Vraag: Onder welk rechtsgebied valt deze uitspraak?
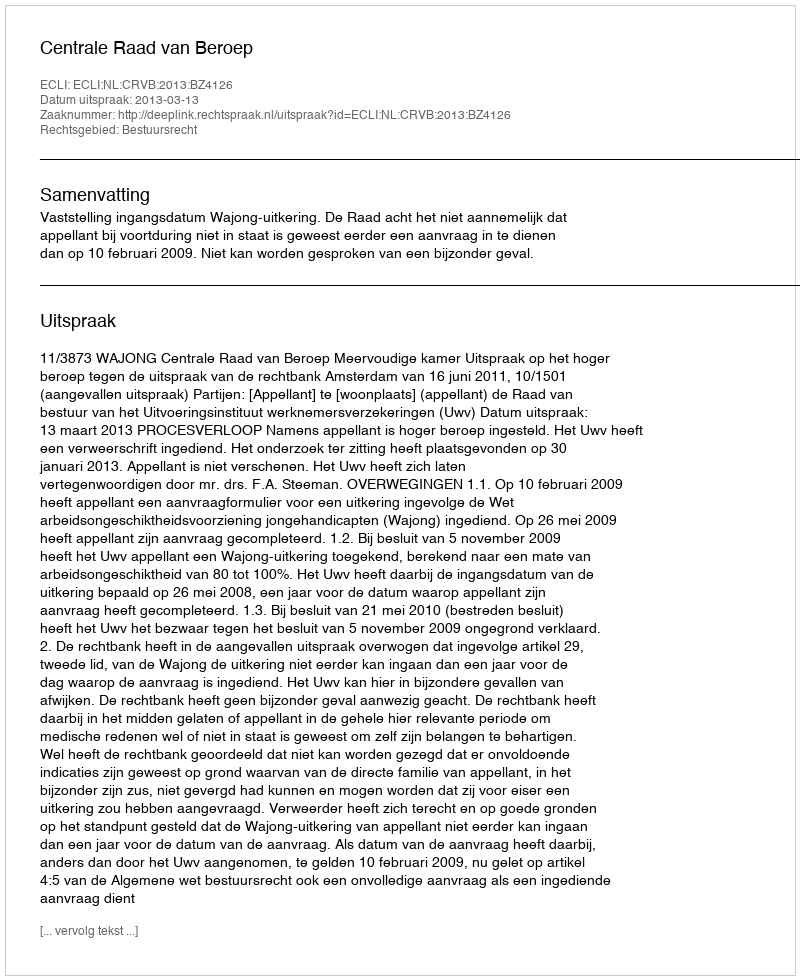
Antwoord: Bestuursrecht